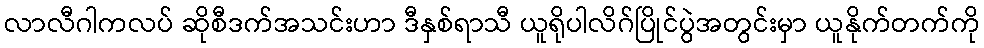
လာလီဂါကလပ် ဆိုစီဒက်အသင်းဟာ ဒီနှစ်ရာသီ ယူရိုပါလိဂ်ပြိုင်ပွဲအတွင်းမှာ ယူနိုက်တက်ကို